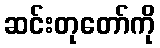
ဆင်းတုတော်ကို